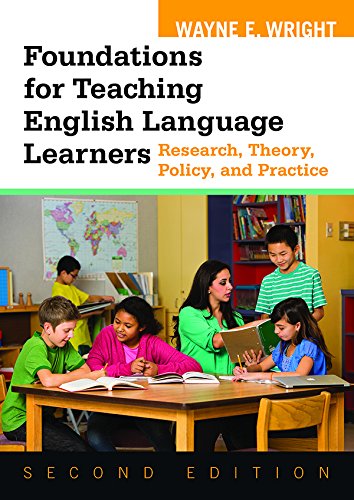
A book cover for Foundations for Teaching English Language Learners: Research, Theory, Policy, and Practice; Wayne E. Wright; Reference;